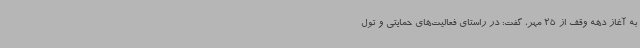
به آغاز دهه وقف از 25 مهر، گفت: در راستای فعالیت‌های حمایتی و تول